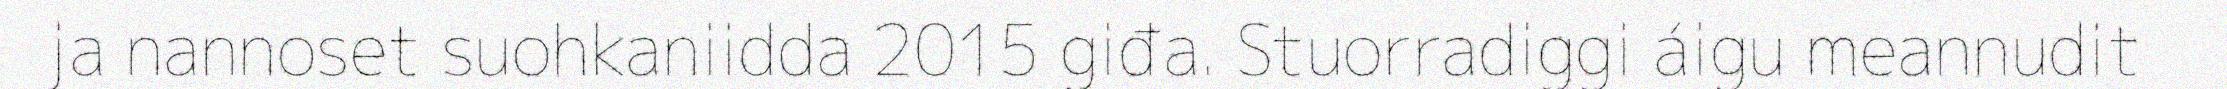
ja nannoset suohkaniidda 2015 giđa. Stuorradiggi áigu meannudit